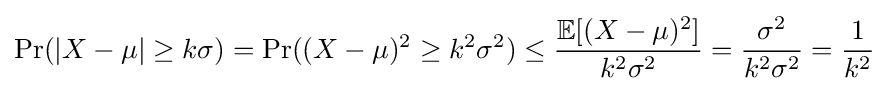
\Pr(|X-\mu |\geq k\sigma )=\Pr((X-\mu )^{2}\geq k^{2}\sigma ^{2})\leq {\frac {\mathbb {E} [(X-\mu )^{2}]}{k^{2}\sigma ^{2}}}={\frac {\sigma ^{2}}{k^{2}\sigma ^{2}}}={\frac {1}{k^{2}}}